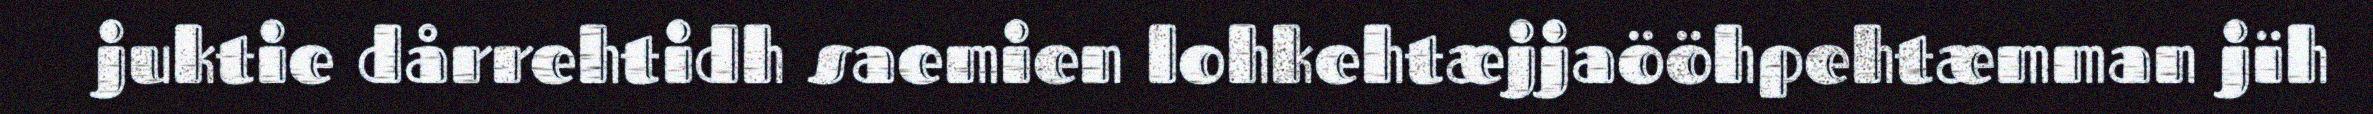
juktie dårrehtidh saemien lohkehtæjjaööhpehtæmman jïh